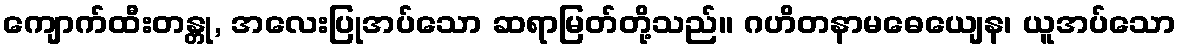
ကျောက်ထီးတန္တု, အလေးပြုအပ်သော ဆရာမြတ်တို့သည်။ ဂဟိတနာမဓေယျေန၊ ယူအပ်သော